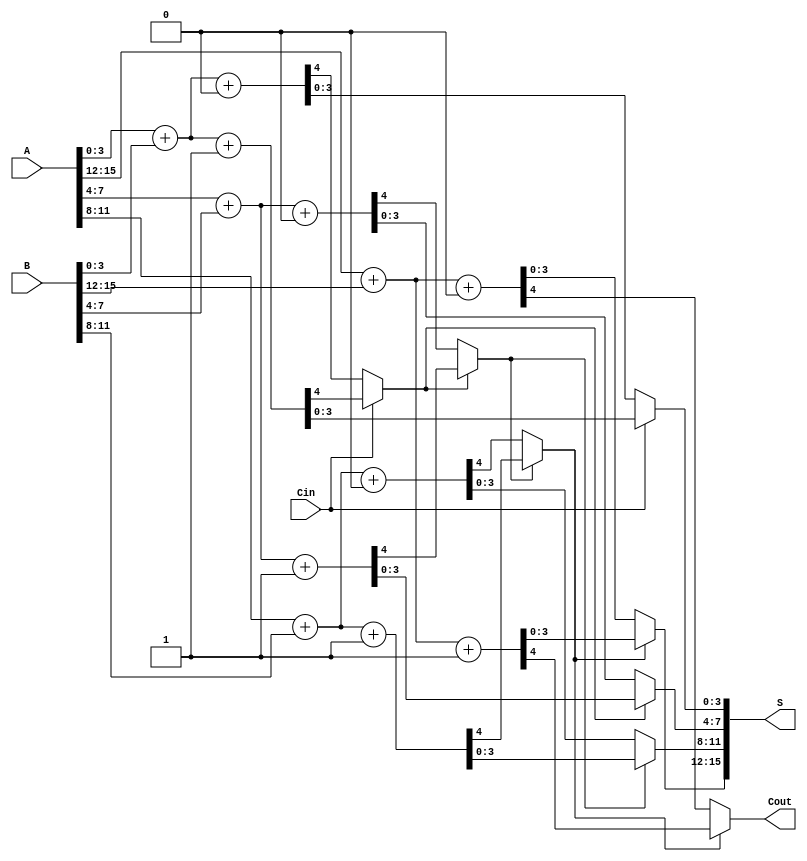
module Multi_Level_CSLA (
    input  [15:0] A,      // 16-bit Input A
    input  [15:0] B,      // 16-bit Input B
    input         Cin,     // Carry-in
    output [15:0] S,      // 16-bit Sum Output
    output        Cout     // Carry-out
);

    // Intermediate wires for sums and carries
    wire [3:0] S0 [3:0]; // Sums assuming carry-in = 0
    wire [3:0] S1 [3:0]; // Sums assuming carry-in = 1
    wire [3:0] C0;        // Carry-out assuming carry-in = 0
    wire [3:0] C1;        // Carry-out assuming carry-in = 1
    wire [3:0] C;         // Actual carry-out from each block

    // 4-bit full adders for each block
    generate
        genvar i;
        for (i = 0; i < 4; i = i + 1) begin : BLOCK
            // Sum and carry for Carry-in = 0
            assign {C0[i], S0[i]} = A[i*4 +: 4] + B[i*4 +: 4] + 1'b0;
            // Sum and carry for Carry-in = 1
            assign {C1[i], S1[i]} = A[i*4 +: 4] + B[i*4 +: 4] + 1'b1;
        end
    endgenerate

    // Determine the actual carry and sum for each block based on the previous carry
    wire [3:0] carry_select;
    assign carry_select[0] = Cin;

    generate
        for (i = 0; i < 3; i = i + 1) begin : CARRY_SELECT
            assign carry_select[i + 1] = (carry_select[i] ? C1[i] : C0[i]);
        end
    endgenerate

    // MUX to select final sums based on carry
    generate
        for (i = 0; i < 4; i = i + 1) begin : MUX
            assign S[i*4 +: 4] = (carry_select[i] ? S1[i] : S0[i]);
            assign C[i] = (carry_select[i] ? C1[i] : C0[i]);
        end
    endgenerate

    // Final carry-out
    assign Cout = C[3];

endmodule